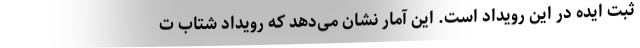
ثبت ایده در این رویداد است. این آمار نشان می‌دهد که رویداد شتاب ت